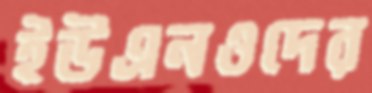
ইউএনওদের